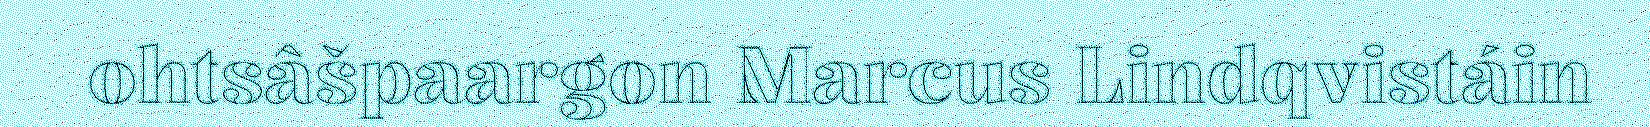
ohtsâšpaargon Marcus Lindqvistáin